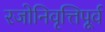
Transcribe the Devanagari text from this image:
रजोनिवृत्तिपूर्व